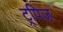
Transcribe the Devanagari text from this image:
ट्रपिज़